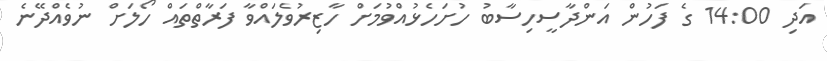
އަދި 14:00 ގެ ފަހުން އަންދާސީހިސާބު ހުށަހެޅުއްވުމަށް ހާޒިރުވެލައްވާ ފަރާތްތައް ހޯލަށް ނުވެއްދޭނެ